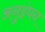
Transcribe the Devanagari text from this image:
अनुइंधन